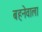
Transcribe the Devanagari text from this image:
बहनेवाला